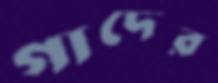
গাদের